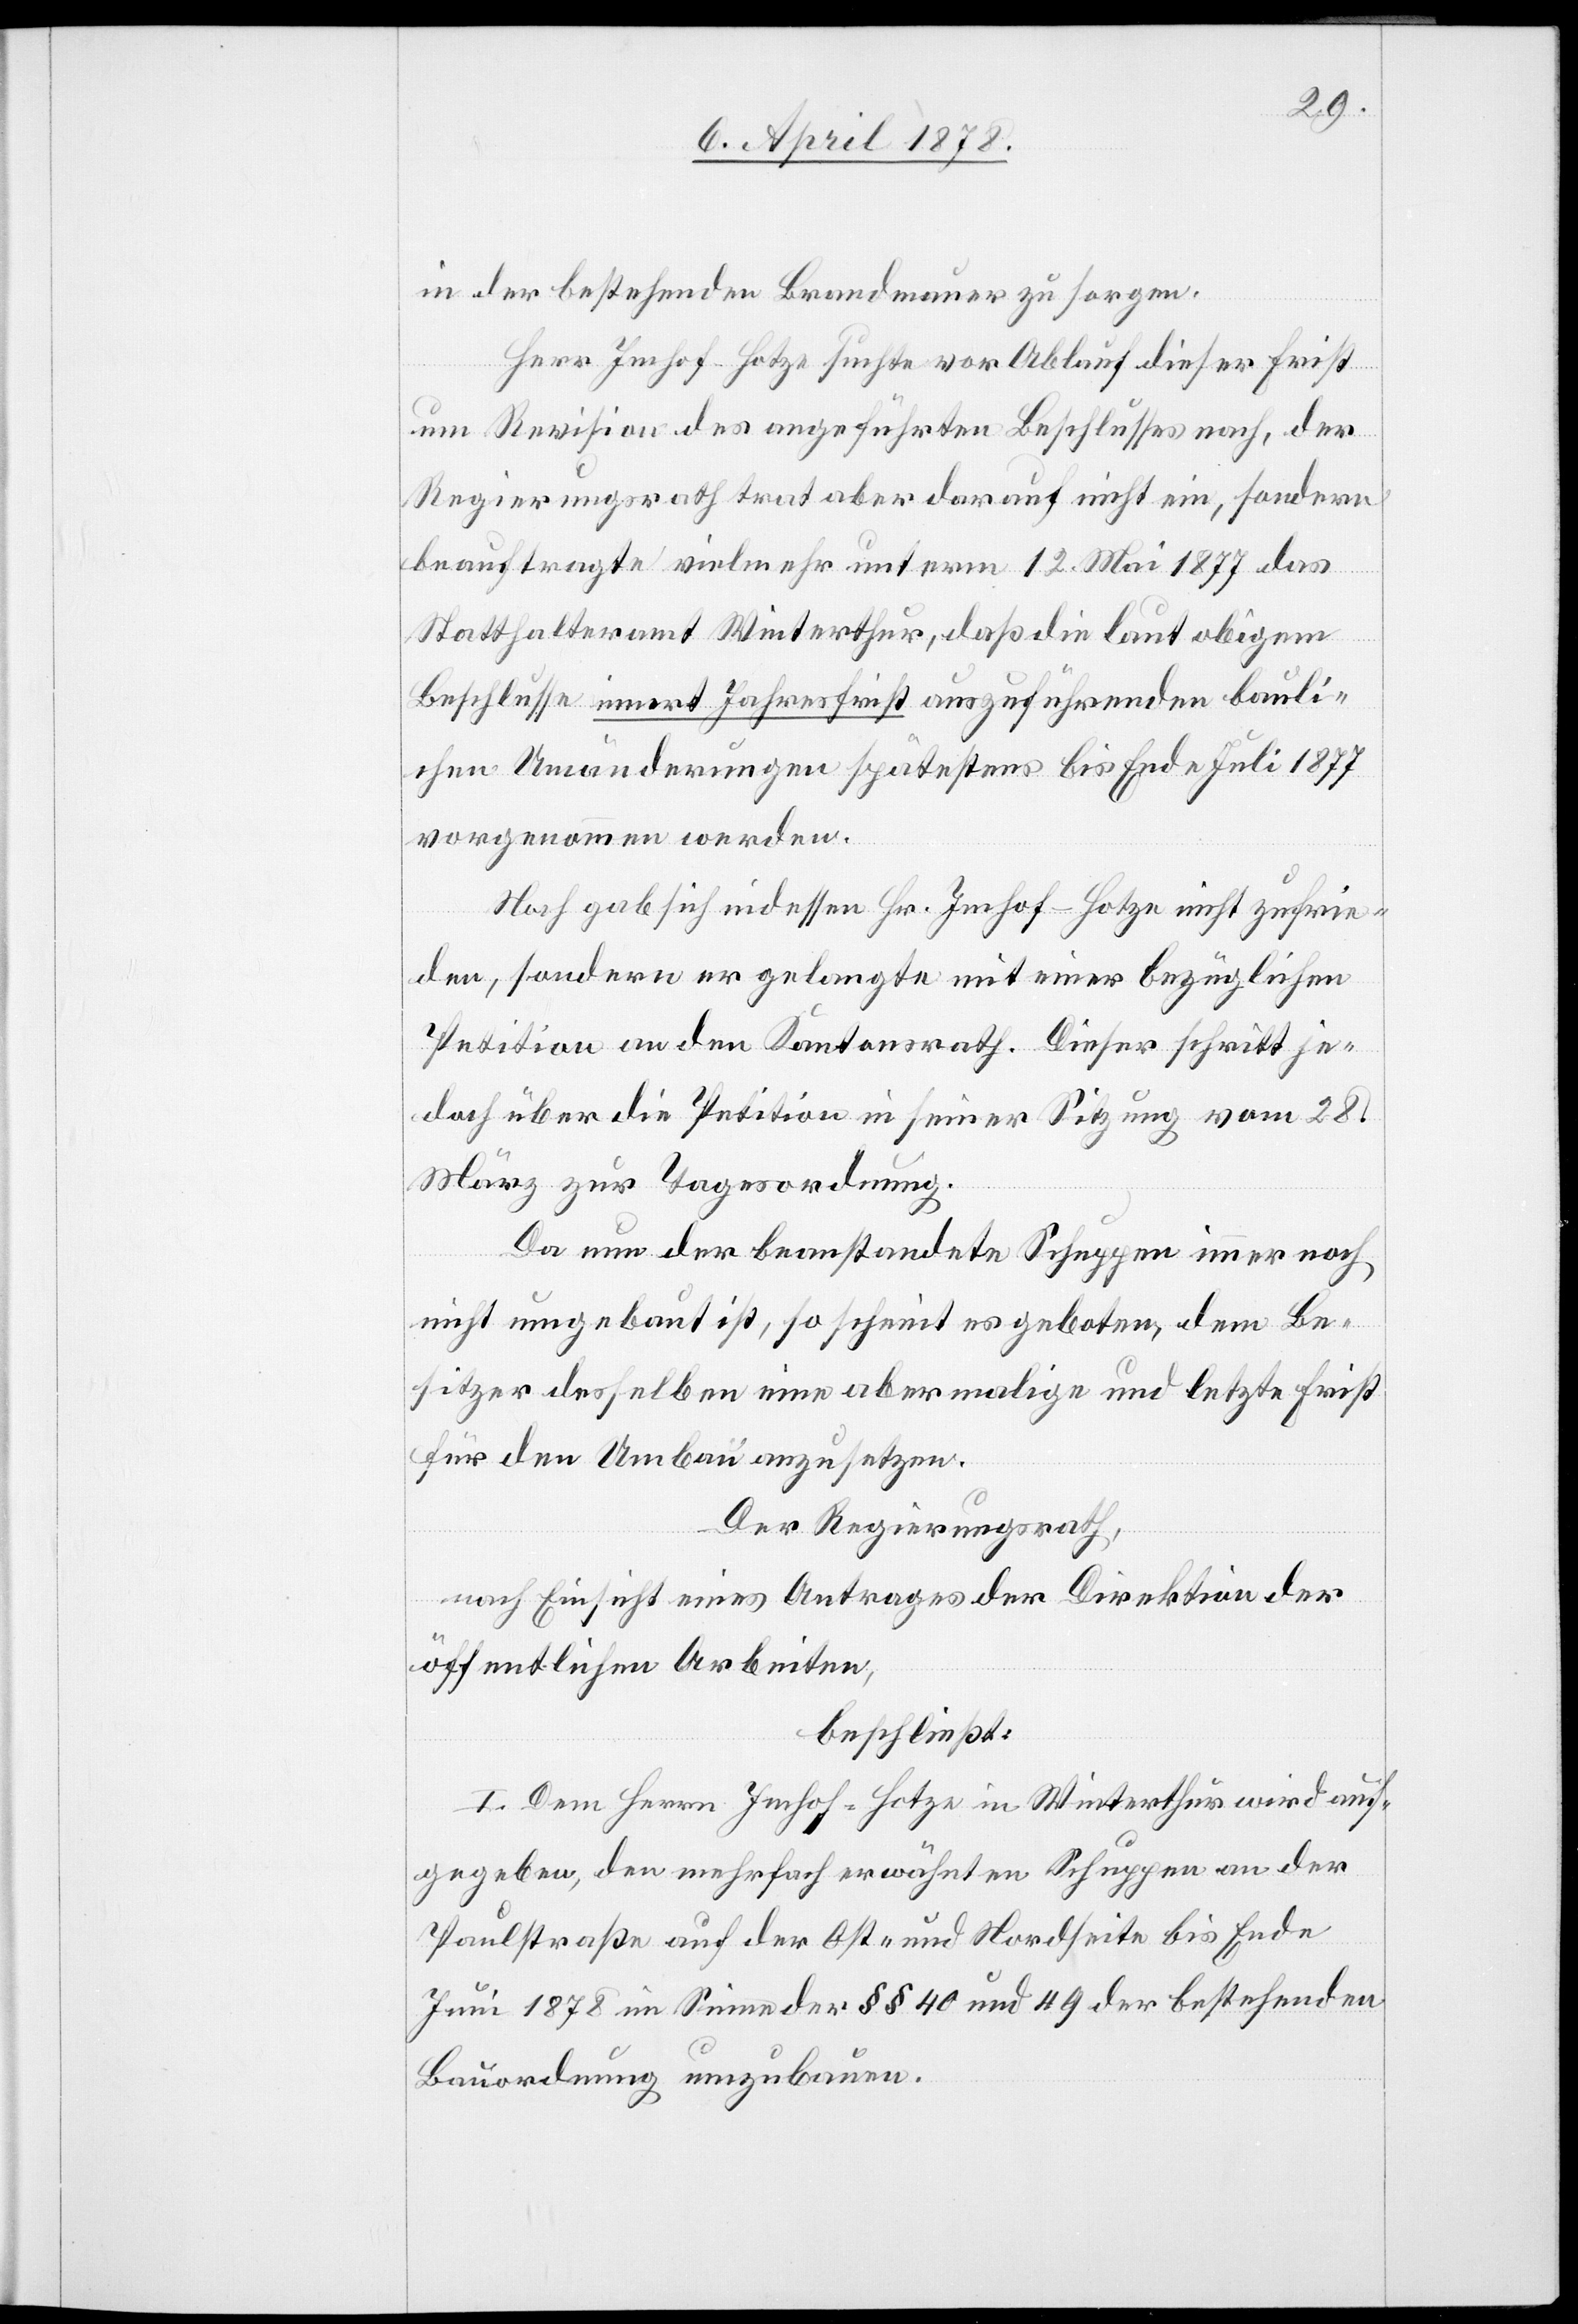
in der bestehenden Brandmauer zu sorgen.
Herr Imhof-Hotze suchte vor Ablauf dieser Frist
um Revision des angeführten Beschlusses nach, der
Regierungsrath trat aber darauf nicht ein, sondern
beauftragte vielmehr unterm 12. Mai 1877 das
Statthalteramt Winterthur, daß die laut obigem
Beschlusse innert Jahresfrist auszuführenden bauli¬
chen Umänderungen spätestens bis Ende Juli 1877
vorgenommen werden.
Noch gab sich indessen Hr. Imhof-Hotze nicht zufrie¬
den, sondern er gelangte mit einer bezüglichen
Petition an den Kantonsrath. Dieser Schritt je¬
doch über die Petition in seiner Sitzung vom 28.
März zur Tagesordnung.
Da nun der beanstandete Schuppen immer noch
nicht umgebaut ist, so scheint es geboten, dem Be¬
sitzer desselben eine abermalige und letzte Frist
für den Umbau anzusetzen.
Der Regierungsrath,
nach Einsicht eines Antrages der Direktion der
öffentlichen Arbeiten,
beschließt:
I. Dem Herrn Imhof-Hotze in Winterthur wird auf¬
gegeben, den mehrfach erwähnten Schuppen an der
Paulstraße auf der Ost- und Nordseite bis Ende
Juni 1878 im Sinne des §§ 40 und 49 der bestehenden
Bauordnung umzubauen.